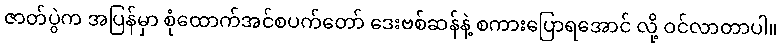
ဇာတ်ပွဲက အပြန်မှာ စုံထောက်အင်စပက်တော် ဒေးဗစ်ဆန်နဲ့ စကားပြောရအောင် လို့ ဝင်လာတာပါ။